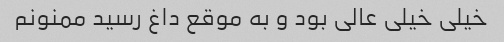
خیلی خیلی عالی بود و به موقع داغ رسید ممنونم